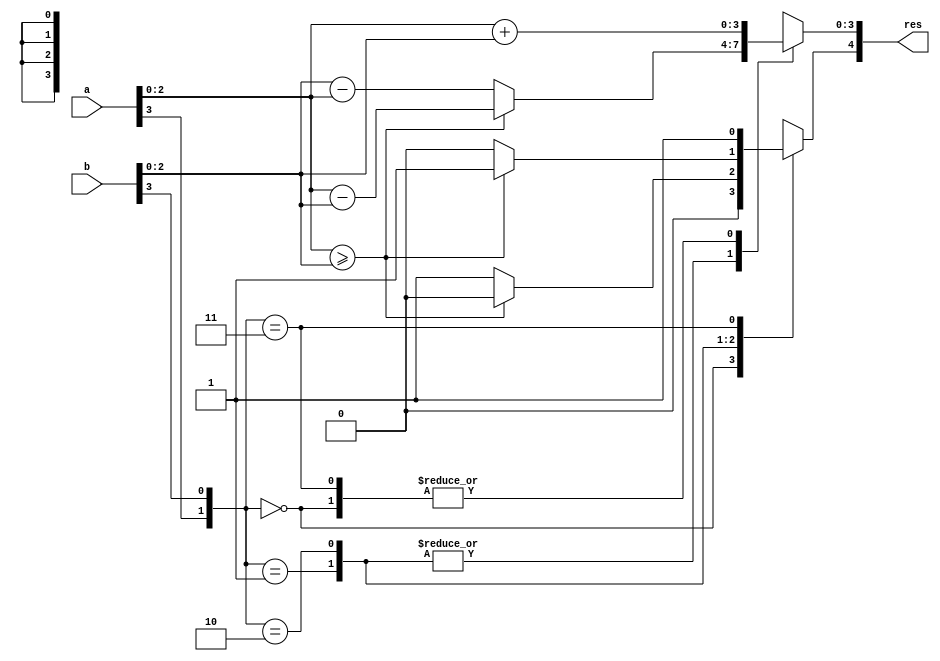
`timescale 1ns / 1ps
//////////////////////////////////////////////////////////////////////////////////
// Company: 
// Engineer: 
// 
// Design Name: 
// Module Name:    sumador_adivino 
// Project Name: 
// Target Devices: 
// Tool versions: 
// Description: 
//
// Dependencies: 
//
// Revision: 
// Revision 0.01 - File Created
// Additional Comments: 
//
//////////////////////////////////////////////////////////////////////////////////
module sumador_adivino(
       input [3:0] a,
       input [3:0] b,
       output reg [4:0] res
);

       always @*
               case ({a[3],b[3]})
                       2'b00:
                               begin
                                       res[3:0] = a[2:0]+b[2:0];
                                       res[4] = 0;
                               end
                       2'b01:
                               begin
                                       if (a[2:0] >= b[2:0])
														begin
                                               res[3:0] = a[2:0]-b[2:0];
                                               res[4] = 0;
														end
                                       else
														begin
                                               res[3:0] = b[2:0]-a[2:0];
                                               res[4] = 1;
														end
                               end
                       2'b10:
                               begin
                                       if (a[2:0] >= b[2:0])
														begin
                                               res[3:0] = a[2:0]-b[2:0];
                                               res[4] = 1;
														end
                                       else
														begin
                                               res[3:0] = b[2:0]-a[2:0];
                                               res[4] = 0;
														end
                               end
                       2'b11:
									begin
                               res[3:0] = a[2:0]+b[2:0];
                               res[4] = 1;
									end
               endcase

endmodule